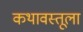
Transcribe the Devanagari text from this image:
कथावस्तूला